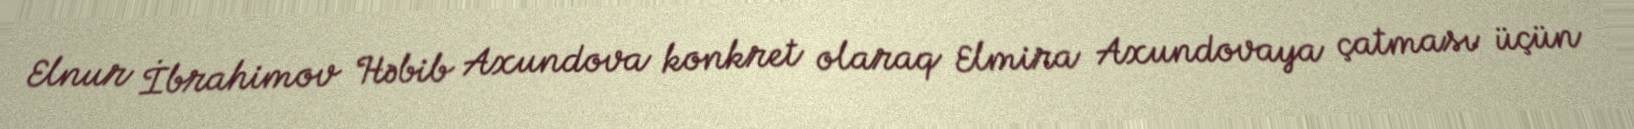
Elnur İbrahimov Həbib Axundova konkret olaraq Elmira Axundovaya çatması üçün